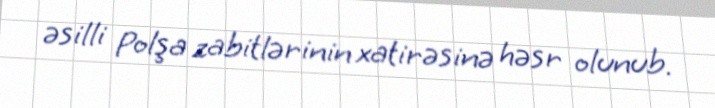
əsilli Polşa zabitlərinin xatirəsinə həsr olunub.